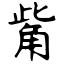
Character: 觜